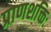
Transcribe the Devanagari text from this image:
प्राणशक्तिः